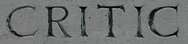
CRITIC